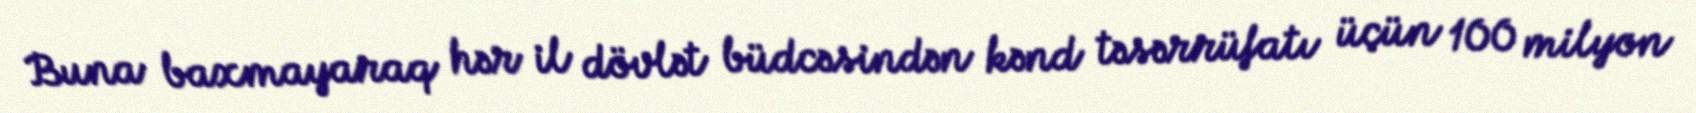
Buna baxmayaraq hər il dövlət büdcəsindən kənd təsərrüfatı üçün 100 milyon